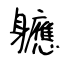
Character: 軈